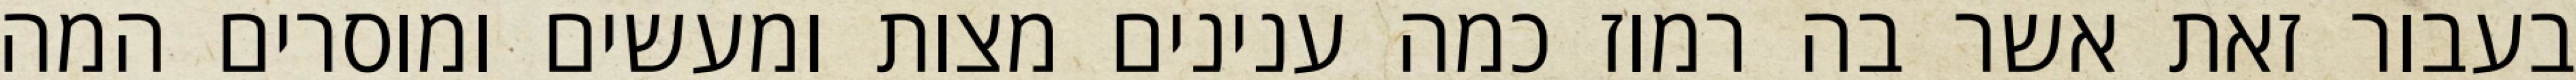
בעבור זאת אשר בה רמוז כמה ענינים מצות ומעשים ומוסרים המה